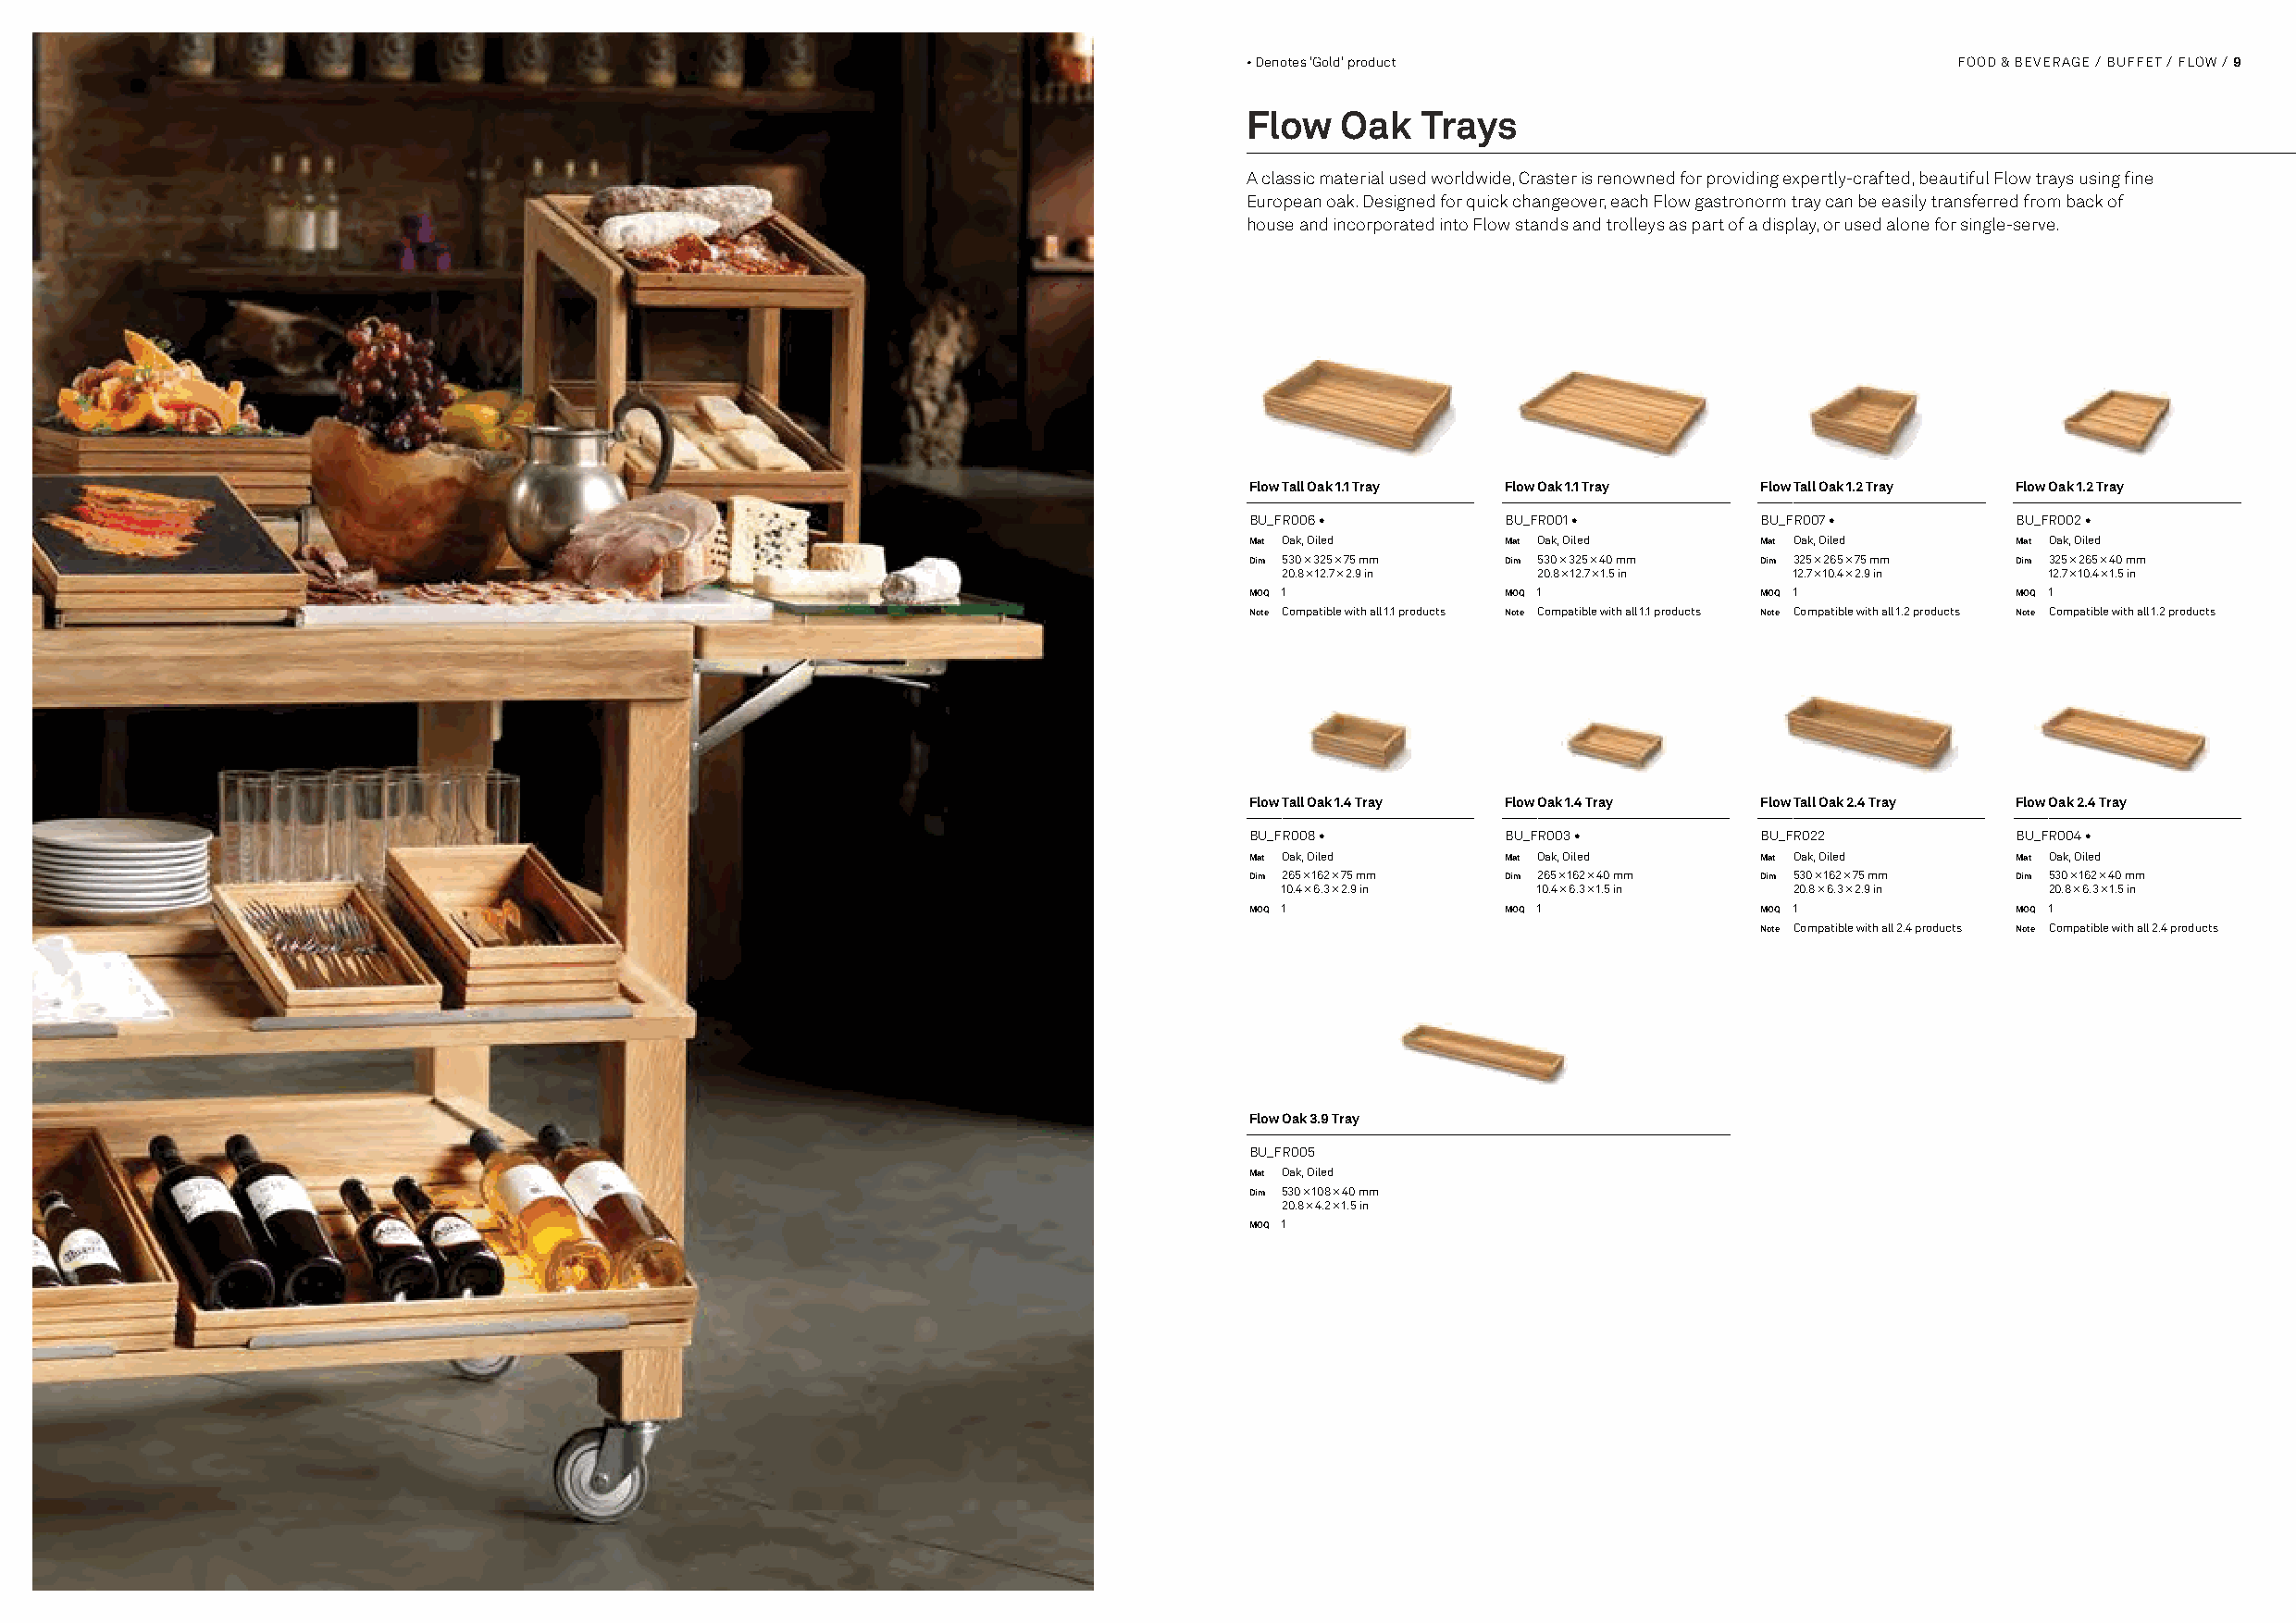
• Denotes 'Gold' product                           FFOOOODD && BBEEVVEERRAAGGEE // BBUUFFFFEETT // FFLLOOWW // 99
 Flow   Oak   Trays
 A classic material used worldwide, Craster is renowned for providing expertly-crafted, beautiful Flow trays using fine
 European oak. Designed for quick changeover, each Flow gastronorm tray can be easily transferred from back of
 house and incorporated into Flow stands and trolleys as part of a display, or used alone for single-serve.
 Flow Tall Oak 1.1 Tray Flow Oak 1.1 Tray Flow Tall Oak 1.2 Tray Flow Oak 1.2 Tray
 BU_FR006 •         BU_FR001 •        BU_FR007 •        BU_FR002 •
 Mat Oak, Oiled     Mat Oak, Oiled    Mat Oak, Oiled    Mat Oak, Oiled
 Dim 530 × 325 × 75 mm Dim 530 × 325 × 40 mm Dim 325 × 265 × 75 mm Dim 325 × 265 × 40 mm
 20.8 × 12.7 × 2.9 in 20.8 × 12.7 × 1.5 in 12.7 × 10.4 × 2.9 in 12.7 × 10.4 × 1.5 in
 MOQ 1              MOQ 1             MOQ 1             MOQ 1
 Note Compatible with all 1.1 products Note Compatible with all 1.1 products Note Compatible with all 1.2 products Note Compatible with all 1.2 products
 Flow Tall Oak 1.4 Tray Flow Oak 1.4 Tray Flow Tall Oak 2.4 Tray Flow Oak 2.4 Tray
 BU_FR008 •         BU_FR003 •        BU_FR022          BU_FR004 •
 Mat Oak, Oiled     Mat Oak, Oiled    Mat Oak, Oiled    Mat Oak, Oiled
 Dim 265 × 162 × 75 mm Dim 265 × 162 × 40 mm Dim 530 × 162 × 75 mm Dim 530 × 162 × 40 mm
 10.4 × 6.3 × 2.9 in 10.4 × 6.3 × 1.5 in 20.8 × 6.3 × 2.9 in 20.8 × 6.3 × 1.5 in
 MOQ 1              MOQ 1             MOQ 1             MOQ 1
 Note Compatible with all 2.4 products Note Compatible with all 2.4 products
 Flow Oak 3.9 Tray
 BU_FR005
 Mat Oak, Oiled
 Dim 530 × 108 × 40 mm
 20.8 × 4.2 × 1.5 in
 MOQ 1